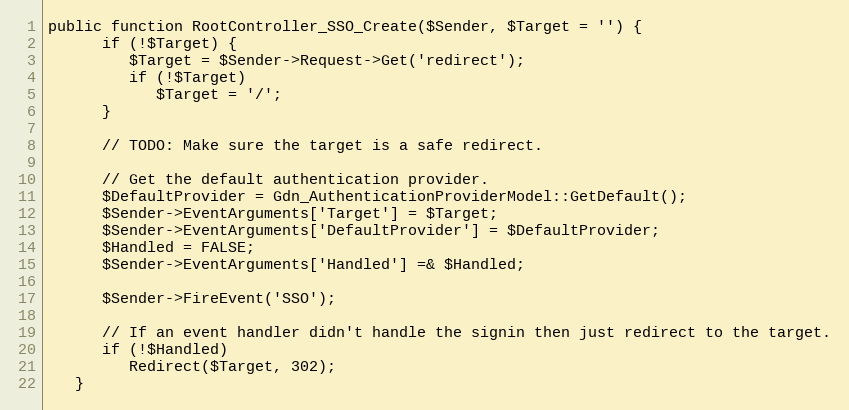
Language: PHP
public function RootController_SSO_Create($Sender, $Target = '') {
      if (!$Target) {
         $Target = $Sender->Request->Get('redirect');
         if (!$Target)
            $Target = '/';
      }

      // TODO: Make sure the target is a safe redirect.

      // Get the default authentication provider.
      $DefaultProvider = Gdn_AuthenticationProviderModel::GetDefault();
      $Sender->EventArguments['Target'] = $Target;
      $Sender->EventArguments['DefaultProvider'] = $DefaultProvider;
      $Handled = FALSE;
      $Sender->EventArguments['Handled'] =& $Handled;

      $Sender->FireEvent('SSO');

      // If an event handler didn't handle the signin then just redirect to the target.
      if (!$Handled)
         Redirect($Target, 302);
   }